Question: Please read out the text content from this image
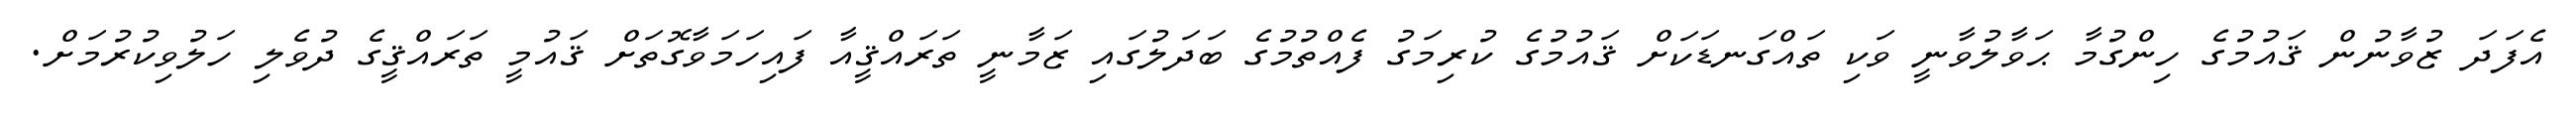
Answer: އެފަދަ ޒުވާނުން ޤައުމުގެ ހިންގުމާ ޙަވާލުވާނީ ވަކި ތައްގަނޑަކަށް ޤައުމުގެ ކުރިމަގު ފެއްތުމުގެ ބަދަލުގައި ޒަމާނީ ތަރައްޤީއާ ފައިހަމަވާގޮތަށް ޤައުމީ ތަރައްޤީގެ ދުވެލި ހަލުވިކުރުމަށް.